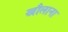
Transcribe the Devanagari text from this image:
खौलाना